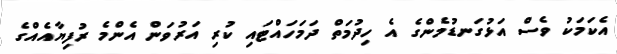
އެކަމަކު ވެސް އަޅުގަނޑުމެންގެ އެ ހިދުމަތް ދަމަހައްޓައި ކުރި އަރުވަން އެންމެ ރުފިޔާއެއްގެ